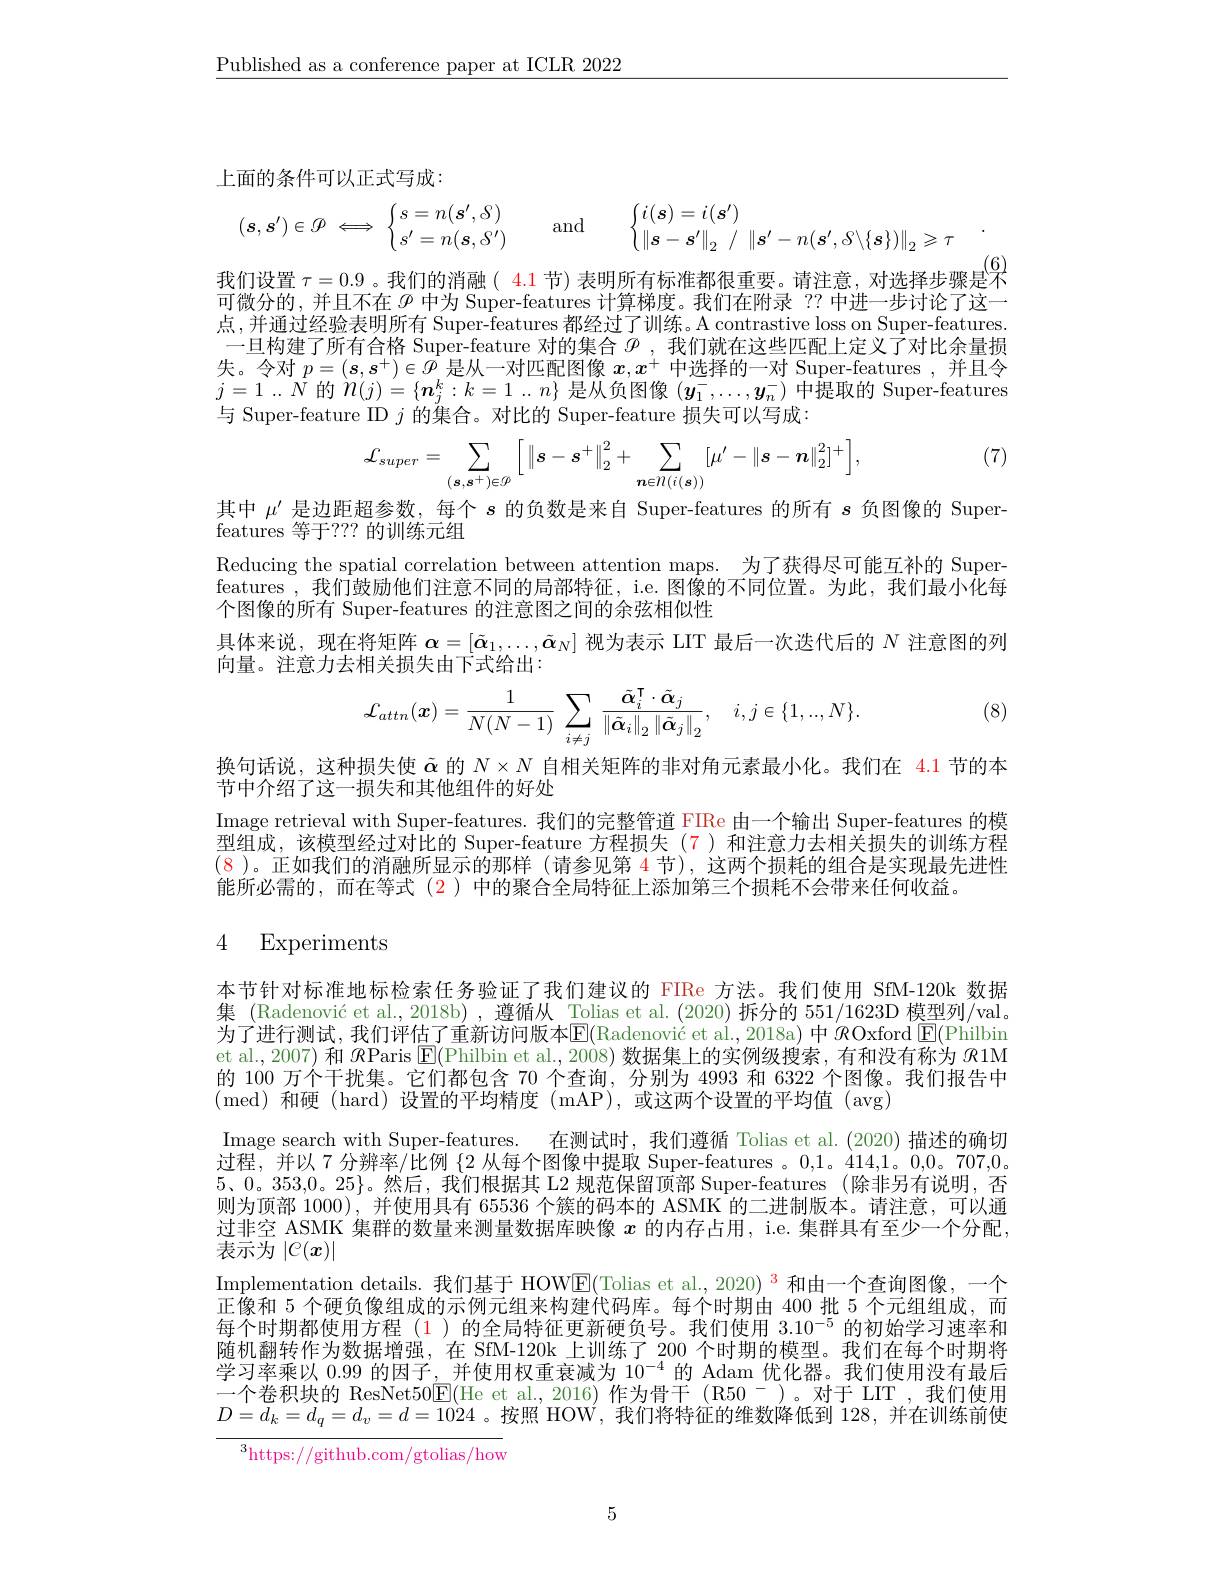
$\underline{\text{Published as a conference paper at ICLR 2022}}$

上面的条件可以正式写成：
$$(s,s')\in\mathscr{O}\iff\begin{cases}s=n(s',S)\\s'=n(s,S')\end{cases}\quad\text{and}\quad\begin{cases}i(s)=i(s')\\\left\|s-s'\right\|_2\:/\:\left\|s'-n(s',S\backslash\{s\})\right\|_2\geqslant\tau\end{cases}.$$
我们设置 $\tau=0.9$ 。我们的消融( 4.1 节)表明所有标准都很重要。请注意，对选择步骤是$^{(6)}$

可微分的，并且不在$\varphi$中为 Super-features 计算梯度。我们在附录 ?? 中进一步讨论了这一点，并通过经验表明所有 Super-features 都经过了训练。A contrastive loss on Super-features 一旦构建了所有合格 Super-feature 对的集合$^\mathrm{\rho}$,我们就在这些匹配上定义了对比余量损失。令对$p=(\boldsymbol{s},\boldsymbol{s}^+)\in\mathcal{O}$是从一对匹配图像$x,x^+$中选择的一对 Super-features ,并且令$j=1...\bar{N}$的$\hat{n}(j)=\{\boldsymbol{n}_j^k:k=1...n\}$是从负图像$(y_1^-,\ldots,y_n^-)$中提取的 Super-features 与 Super-feature ID $j$ 的 集 合 。对 比 的 Super- feature 损 失 可 以 写 成 :

(7)
$$\mathcal{L}_{super}=\sum_{(\boldsymbol{s},\boldsymbol{s}^{+})\in\mathcal{O}}\bigg[\:\|\boldsymbol{s}-\boldsymbol{s}^{+}\big\|_{2}^{2}+\sum_{\boldsymbol{n}\in\mathcal{N}(i(\boldsymbol{s}))}[\mu'-\|\boldsymbol{s}-\boldsymbol{n}\|_{2}^{2}]^{+}\bigg],$$
其中$\mu^{\prime}$是边距超参数，每个$s$的负数是来自 Super-features 的所有$s$负图像的 Super-
features 等于？?? 的训练元组
Reducing the spatial correlation between attention maps. 为了获得尽可能互补的 Super- $\dot{\text{features ,我们鼓励他们注意不同的局部特征，i.e.图像的不同位置。为此，我们最小化每}}$ 个图像的所有 Super-features 的注意图之间的余弦相似性
具体来说，现在将矩阵$\boldsymbol{\alpha}=[\tilde{\alpha}_1,\ldots,\tilde{\alpha}_N]$视为表示 LIT 最后一次迭代后的$N$注意图的列
向量。注意力去相关损失由下式给出：

(8)
$$\mathcal{L}_{attn}(\boldsymbol{x})=\frac{1}{N(N-1)}\:\sum_{i\neq j}\frac{\tilde{\boldsymbol{\alpha}}_{i}^{\intercal}\cdot\tilde{\boldsymbol{\alpha}}_{j}}{\left\|\tilde{\boldsymbol{\alpha}}_{i}\right\|_{2}\left\|\tilde{\boldsymbol{\alpha}}_{j}\right\|_{2}},\quad i,j\in\{1,..,N\}.$$
换句话说，这种损失使$\tilde{\alpha}$的$N\times N$自相关矩阵的非对角元素最小化。我们在 4.1 节的本
节中介绍了这一损失和其他组件的好处
Image retrieval with Super-features. 我们的完整管道 FIRe 由一个输出 Super-features 的模型组成，该模型经过对比的 Super-feature 方程损失(7)和注意力去相关损失的训练方程(8 )。正如我们的消融所显示的那样 (请参见第 4 节),这两个损耗的组合是实现最先进性能所必需的，而在等式(2)中的聚合全局特征上添加第三个损耗不会带来任何收益。

## 4 Experiments

本节针对标准地标检索任务验证了我们建议的 FIRe 方法。我们使用 SfM-120k 数据集 (Radenović et al., 2018b) , 遵循从 Tolias et al. (2020) 拆分的 551/1623D 模型列/val。为了进行测试，我们评估了重新访问版本$\mathbb{E}($Radenović et al., 2018a) 中 $\mathscr{R}$Oxford $\mathbb{E}($Philbin et al., 2007) 和$\mathcal{R}$Paris $\mathsf{E}($Philbin et al., 2008) 数据集上的实例级搜索，有和没有称为$\mathcal{R}$1M 的 100 万个干扰集。它们都包含 70 个查询，分别为 4993 和 6322 个图像。我们报告中(med)和硬(hard)设置的平均精度(mAP),或这两个设置的平均值(avg)
Image search with Super- features. 在测试时，我们遵循 Tolias et al.(2020) 描述的确切过程，并以 7 分辨率/比例$\{2$从每个图像中提取 Super-features 。0,1。414,1。0,0。707,0。5、0。353,0。25$\}$。然后，我们根据其 L2 规范保留顶部 Super-features (除非另有说明，否则为顶部 1000),并使用具有 65536 个簇的码本的 ASMK 的二进制版本。请注意，可以通过非空 ASMK 集群的数量来测量数据库映像$x$的内存占用，i.e. 集群具有至少一个分配， 表示为$\mid\mathcal{C}(x)\mid$
Implementation details. 我们基于 HOWE(Tolias et al., 2020)$^{\color{red}3}$和由一个查询图像，一个正像和 5 个硬负像组成的示例元组来构建代码库。每个时期由 400 批 5 个元组组成，而每个时期都使用方程 (1)的全局特征更新硬负号。我们使用$3.10^{-5}$的初始学习速率和随机翻转作为数据增强，在 SfM-120k 上训练了 200 个时期的模型。我们在每个时期将学习率乘以 0.99 的因子，并使用权重衰减为$10^{-4}$的 Adam 优化器。我们使用没有最后一个卷积块的 ResNet50E(He et al.,2016)作为骨干(R50~-)。对于 LIT ,我们使用$D=d_k=d_q=d_v=d=1024$ 。按照 HOW , 我们将特征的维数降低到 128, 并在训练前使

$^3$https://github.com/gtolias/how

5